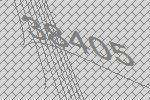
38405